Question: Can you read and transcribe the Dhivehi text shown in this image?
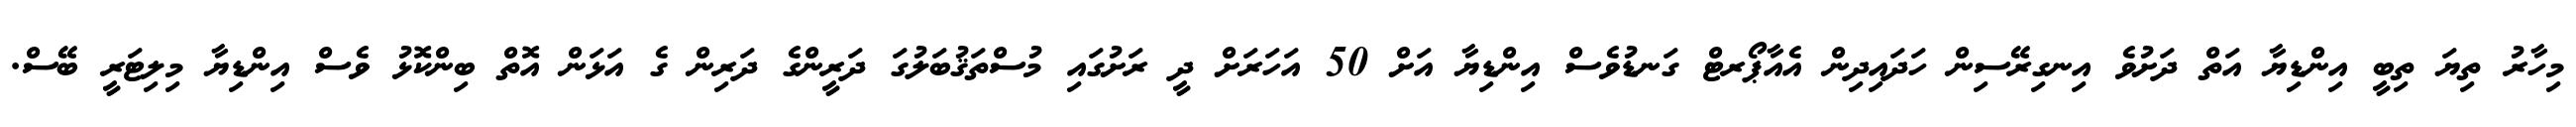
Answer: މިހާރު ތިޔަ ތިބީ އިންޑިޔާ އަތް ދަށުވެ އިނގިރޭސިން ހަދައިދިން އެއާޕޯރޓް ގަނޑުވެސް އިންޑިޔާ އަށް 50 އަހަރަށް ދީ ރަށުގައި މުސްތަޤުބަލުގަ ދަރީންގެ ދަރިން ގެ އަޅަން އޮތް ބިންކޮޅު ވެސް އިންޑިޔާ މިލިޓަރީ ބޭސް.